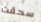
سحقت